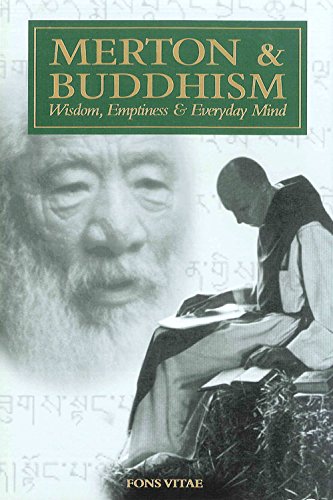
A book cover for Merton & Buddhism: (The Fons Vitae Thomas Merton series); Paul M Pearson; Religion & Spirituality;